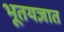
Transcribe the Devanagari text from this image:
भूतयज्ञात